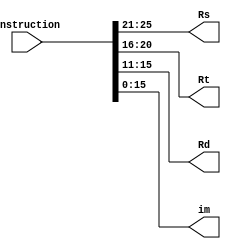
module split_instruction(
        input   [31:0]  Instruction,
        output  [ 4:0]  Rs,
        output  [ 4:0]  Rt,
        output  [ 4:0]  Rd,
        output  [15:0]  im
    );

    assign Rs = Instruction[25:21];
    assign Rt = Instruction[20:16];
    assign Rd = Instruction[15:11];
    assign im = Instruction[15: 0];
endmodule